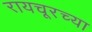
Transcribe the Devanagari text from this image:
रायचूरच्या